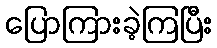
ပြောကြားခဲ့ကြပြီး